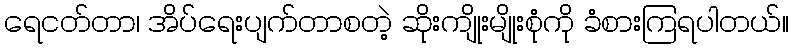
ရေငတ်တာ၊ အိပ်ရေးပျက်တာစတဲ့ ဆိုးကျိုးမျိုးစုံကို ခံစားကြရပါတယ်။